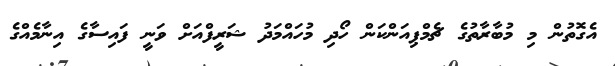
އެގޮތުން މި މުބާރާތުގެ ޗެމްޕިއަންކަން ހޯދި މުހައްމަދު ޝަރީފްއަށް ވަނީ ފައިސާގެ އިނާމެއްގެ